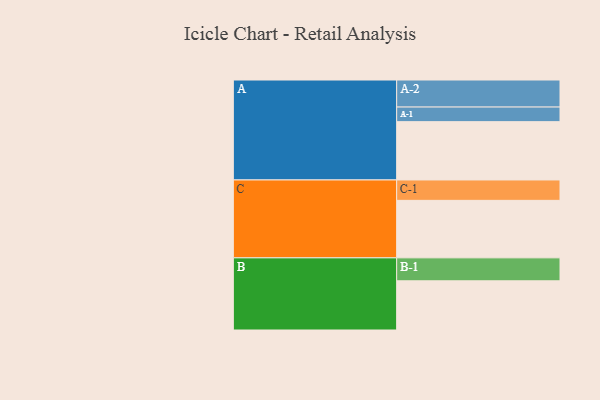
{"axis": {"x": "Segment", "y": "Value"}, "legend": ["", "A", "B", "C"], "data": [{"x": "A", "y": 526, "type": ""}, {"x": "B", "y": 444, "type": ""}, {"x": "C", "y": 519, "type": ""}, {"x": "A-1", "y": 132, "type": "A"}, {"x": "A-2", "y": 244, "type": "A"}, {"x": "B-1", "y": 207, "type": "B"}, {"x": "C-1", "y": 184, "type": "C"}]}